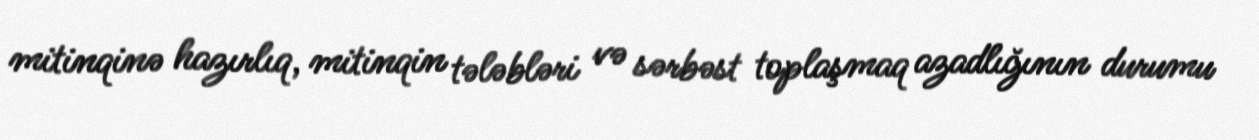
mitinqinə hazırlıq, mitinqin tələbləri və sərbəst toplaşmaq azadlığının durumu